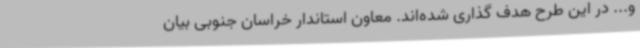
و... در این طرح هدف گذاری شده‌اند. معاون استاندار خراسان جنوبی بیان